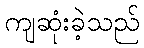
ကျဆုံးခဲ့သည်